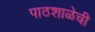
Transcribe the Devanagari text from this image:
पाठशाळेची